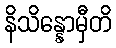
နိသိန္နောမှီတိ